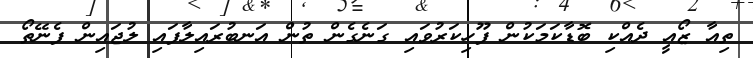
ތިއާ ޒޯއީ ދެއްކި ބޮޑާކަމަކުން ފޫހިކަރުވައި ގަނެގެން ތުން އަނބުރައިލާފައި ލުޖައިން ފެނޭތޯ